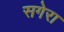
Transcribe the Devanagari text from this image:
सगेरा